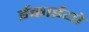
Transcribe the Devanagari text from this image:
ईकाईयो